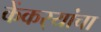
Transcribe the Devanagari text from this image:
केंकर्‍यांचा